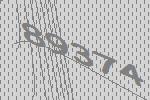
89374